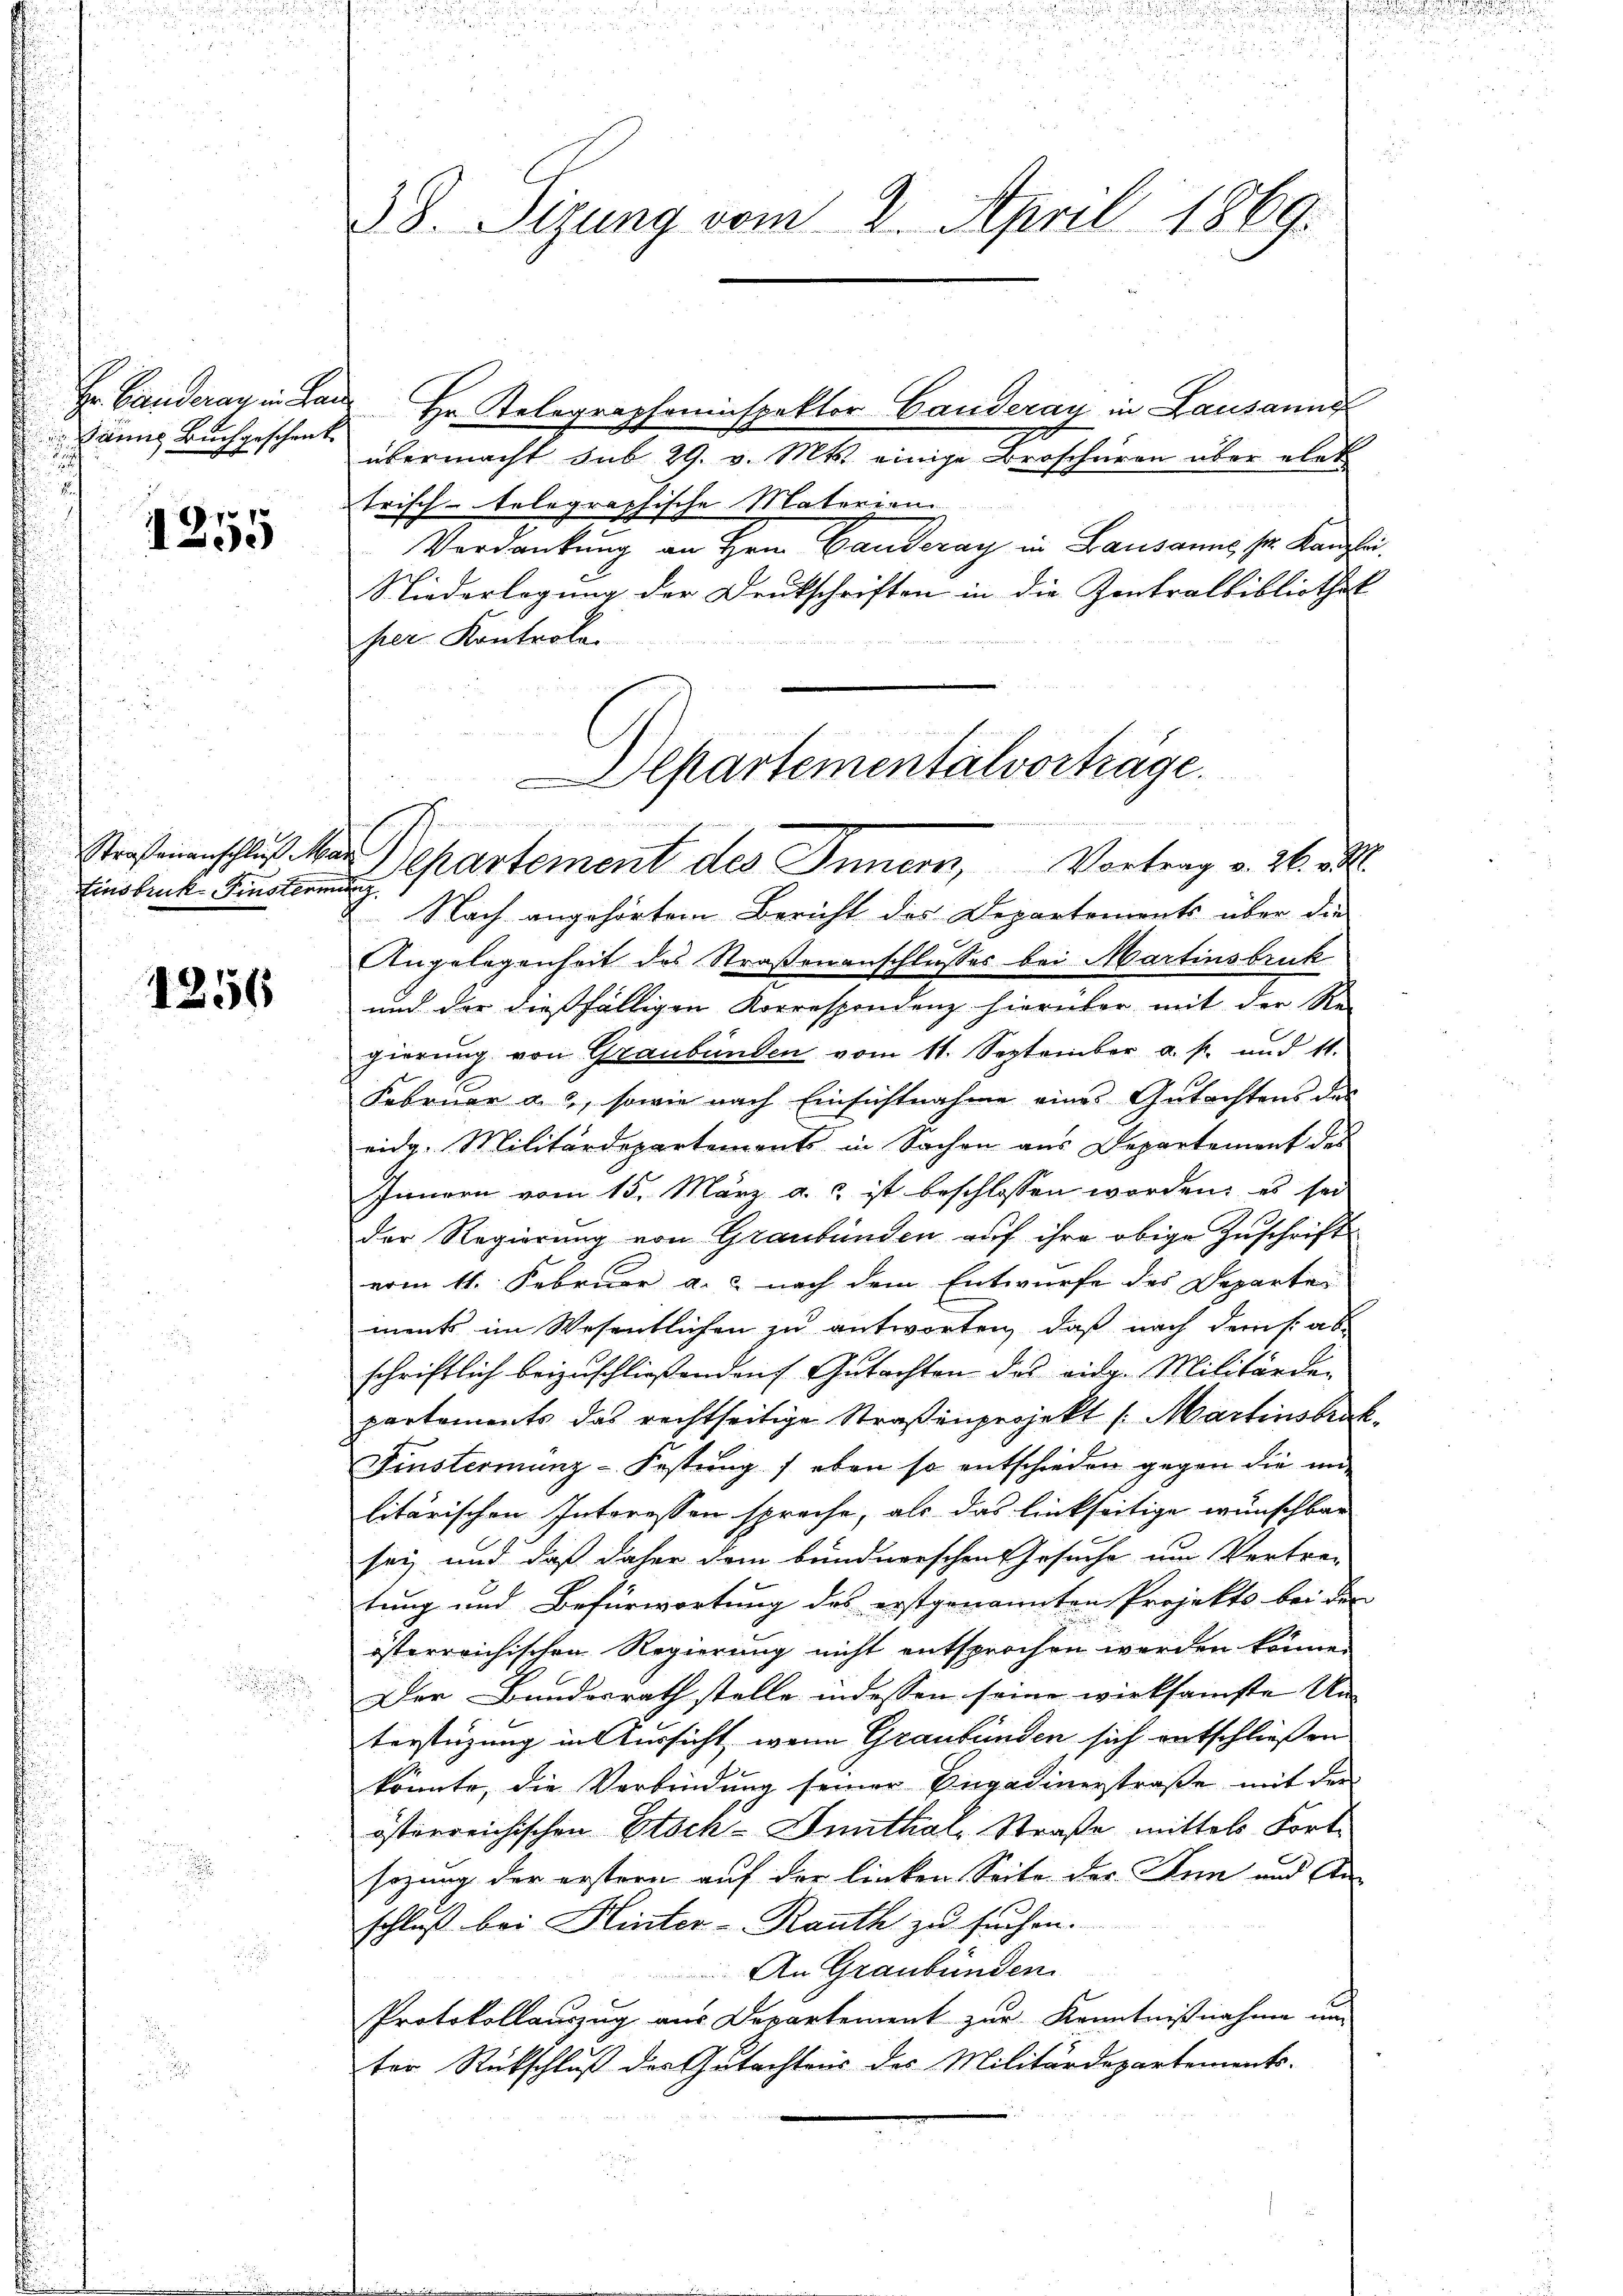
Banns Buchgeschenk

e
1255

Straßenanschluß Ma
Ainsbruk Finsterin

1256

38. Sizung vom 2. April 1869.

Hr. Banderay in Land Hr. Kelegrapheninspektor Canderay in Lausanne
übermacht sub 29. v. Mts. einige Broschüren über elet
trisch-telegraphische Materien
Verdankung an Hrn. Ganderay in Lausanne ser Kanzl
Niederlegung der Deutschriften in die Zentralbibliothek
her Kontrole
.
2. Nach angehörtem Bericht des Departements über die
Angelegenheit des Straßenanschlusses bei Martinsbruk
und der dießfälligen Korrespondenz hierüber mit der Re-
gierung von Graubünden vom 11. September a. p. und 11.
Februar a. c., sowie nach Einsichtnahme eines Gutachtens des
eidg. Militärdepartements in Sachen aus Departement des
Innern vom 15. März a. ist beschlossen worden; es sei
der Regierung von Graubünden auf ihre obige Zuschrifts
erm 11. Februar a. nach dem Entwurfe des Departen
ments im Wesentlichen zu antworten, daß nach dem s. abschriftlich beizuschließenden Gutachten des eidg. Militärdepartaments das rechtseitige Straßenprojekt (Martinsbruc
Finstermänz-Festung / eben so entschieden gegen die unlitärischen Interessen spreche, als das linkseitige wünschbar
sey und daß daher dem bundnerschen Gesuche um Vertre-
tung und Befürwortung des erstgenannten Projekts bei der
österreichischen Regierung nicht entsprochen werden könne.
Der Bundesrath stelle in dessen seine wirksamste Un-
terstüzung in Aussicht, wenn Graubünden sich entschließen
könnte, die Verbindung seiner Engadinerstraße mit der
österreichischen Etsch-Annthal, Straße mittels Fortsazung der erstern auf der linken Seite des Inn und An-
schluß bei Hinter-Rauth zu suchen.
An Graubünden
Protokollauszug aus Departement zur Kenntnißnahme um
ter Rückschluß des Gutachtens des Militärdepartements-

Departementalvorträge.
i
.
a. Departement des Innern, Vortrag v. Wie